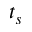
t _ { s }